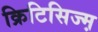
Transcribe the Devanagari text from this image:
क्रिटिसिज्म़